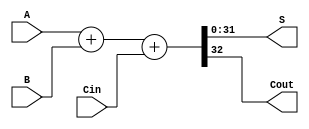
module TEMPLATE_fastcarry_32 (A, B, Cin, S, Cout);
    input  [31: 0] A;
    input  [31: 0] B;
    input          Cin;
    output [31: 0] S;
    output         Cout;

    assign {Cout, S} = A + B + Cin;
endmodule